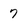
Character: 7